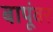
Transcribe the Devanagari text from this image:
बापूंवर